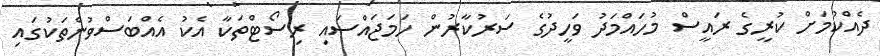
ދެއްކުމަށް ކުރީގެ ރައީސް މުހައްމަދު ވަހީދުގެ ސަރުކާރުން ހަމަޖައްސައި ރިސޯޓްތަކާ އެކު އެއްބަސްވުންތަކުގައި